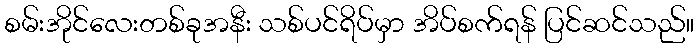
စမ်းအိုင်လေးတစ်ခုအနီး သစ်ပင်ရိပ်မှာ အိပ်စက်ရန် ပြင်ဆင်သည်။